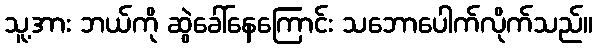
သူ့အား ဘယ်ကို ဆွဲခေါ်နေကြောင်း သဘောပေါက်လိုက်သည်။